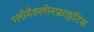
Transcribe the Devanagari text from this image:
ग्लोमेरुलोनफ्राइटिस